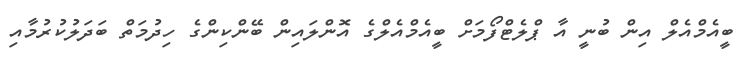
ބީއެމްއެލް އިން ބުނީ އާ ޕްލެޓްފޯމަށް ބީއެމްއެލްގެ އޮންލައިން ބޭންކިންގެ ހިދުމަތް ބަދަލުކުރުމާއި